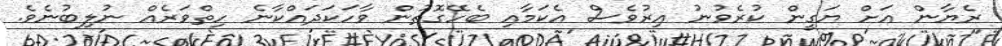
ރެޔާން އަށް ޔަގީން ކުރެވުނު އިރުވެސް އެކަމާއި ބެހޭގޮތުން ވާހަކަދައްކާނެ ހިތްވަރެއް ނުލިބުނެވެ.